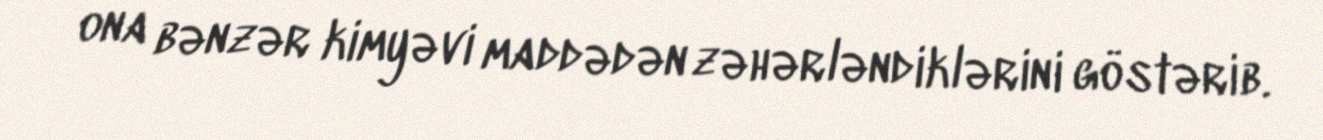
ona bənzər kimyəvi maddədən zəhərləndiklərini göstərib.